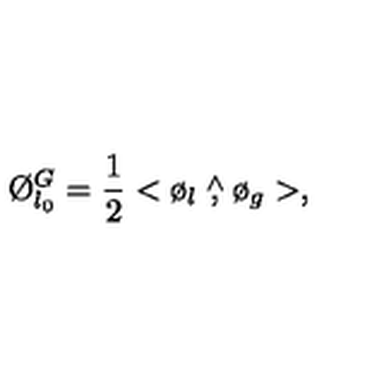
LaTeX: \O _ { l _ { 0 } } ^ { G } = \frac { 1 } { 2 } < \o _ { l } \stackrel { \wedge } { , } \o _ { g } > ,